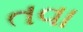
તવા